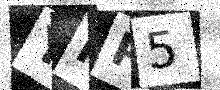
Text: YIP5